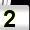
Digit: 2